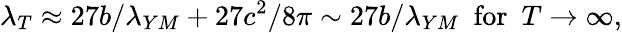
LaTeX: \lambda_{T}\approx 27b/\lambda_{YM}+27c^{2}/8\pi\sim 27b/\lambda_{YM}~~\mathrm{for}~~T\rightarrow\infty,